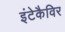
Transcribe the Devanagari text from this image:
इंटेकैविर